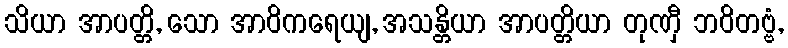
သိယာ အာပတ္တိ, သော အာဝိကရေယျ, အသန္တိယာ အာပတ္တိယာ တုဏှီ ဘဝိတဗ္ဗံ,